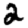
Digit: 2